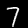
Label: 7